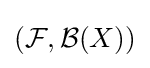
({\mathcal {F}},{\mathcal {B}}(X))